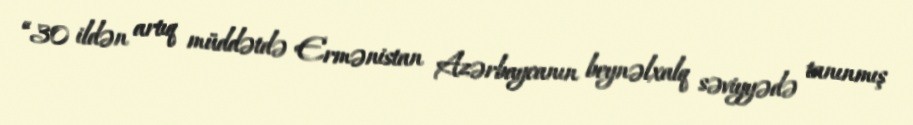
“30 ildən artıq müddətdə Ermənistan Azərbaycanın beynəlxalq səviyyədə tanınmış